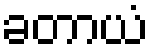
ခတာယံ